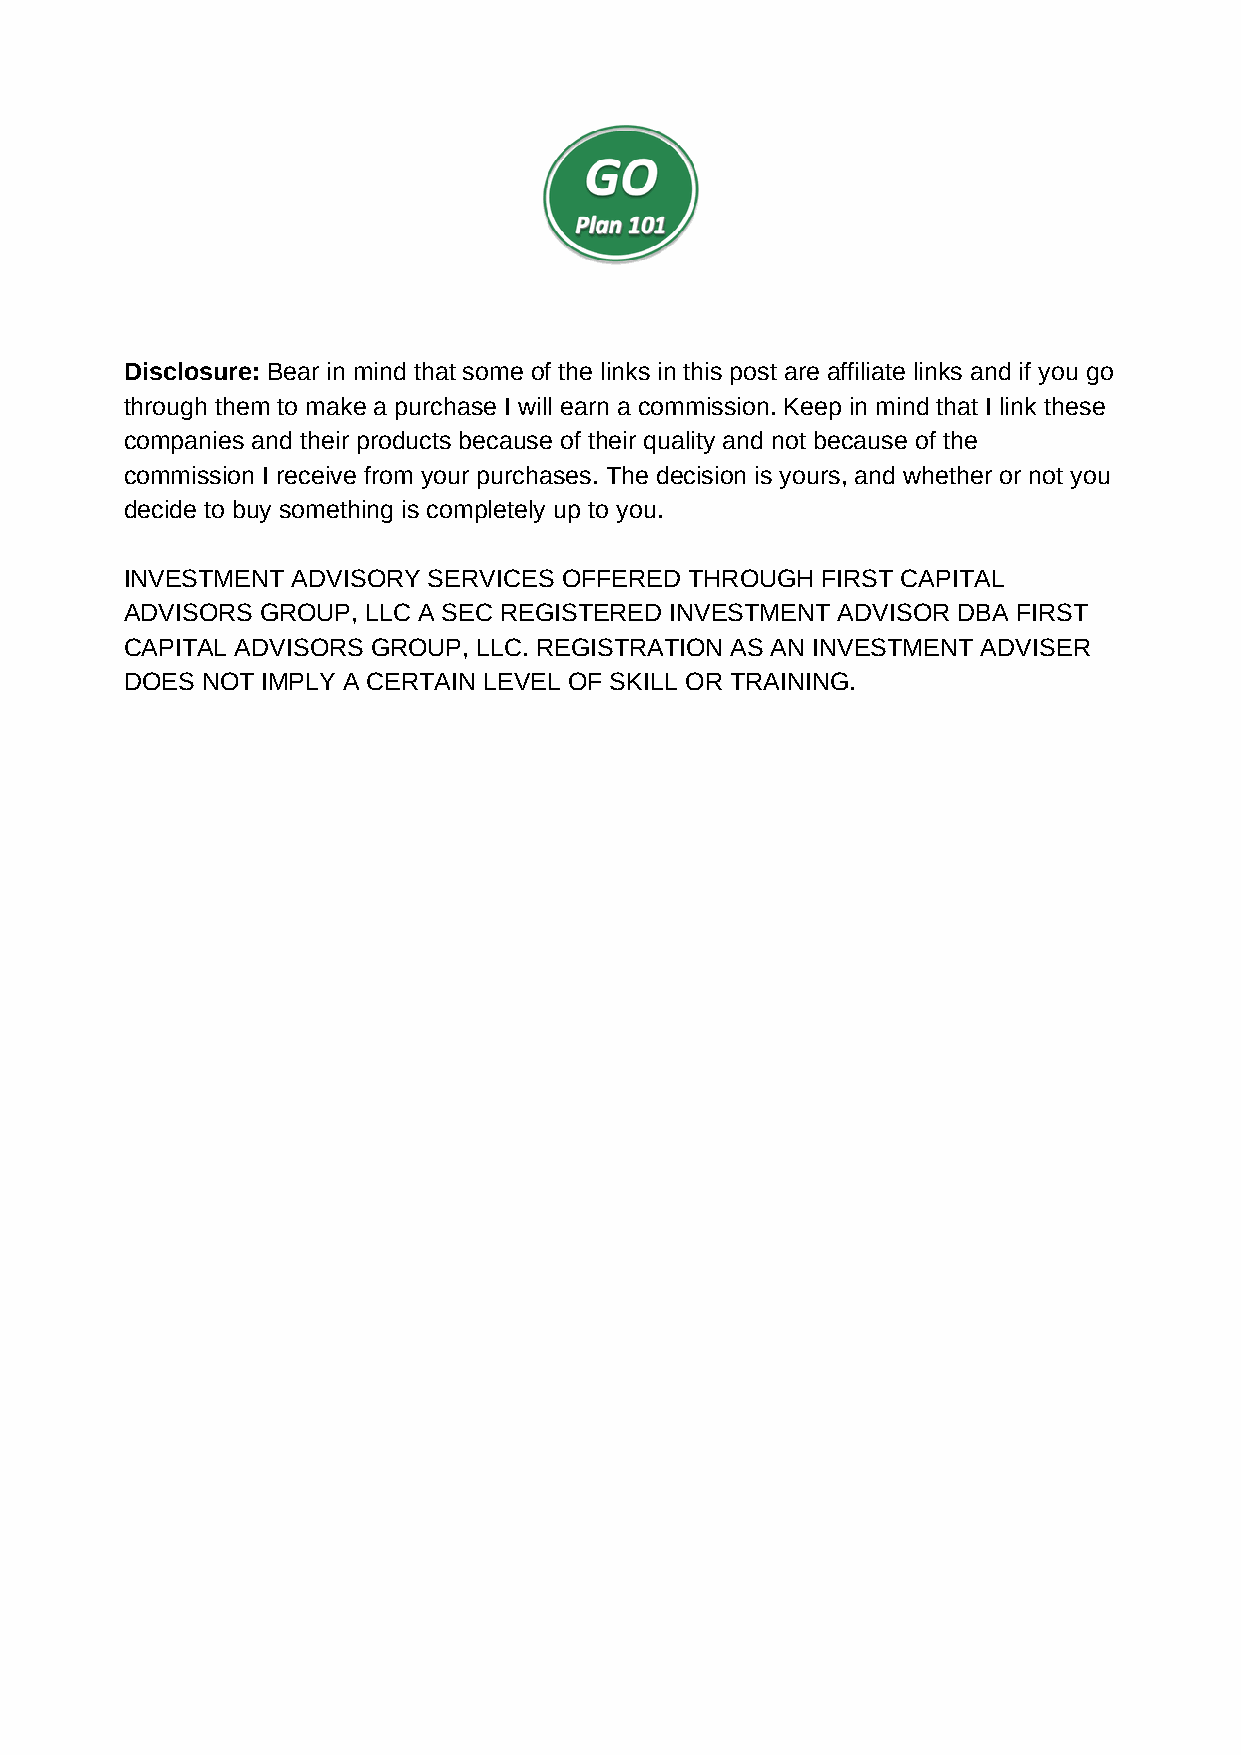
Disclosure: Bear in mind that some of the links in this post are affiliate links and if you go
 through them to make a purchase I will earn a commission. Keep in mind that I link these
 companies and their products because of their quality and not because of the
 commission I receive from your purchases. The decision is yours, and whether or not you
 decide to buy something is completely up to you.
 INVESTMENT ADVISORY SERVICES OFFERED  THROUGH FIRST CAPITAL
 ADVISORS GROUP, LLC A SEC REGISTERED INVESTMENT ADVISOR DBA FIRST
 CAPITAL ADVISORS GROUP, LLC. REGISTRATION AS AN INVESTMENT ADVISER
 DOES NOT IMPLY A CERTAIN LEVEL OF SKILL OR TRAINING.